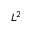
L ^ { 2 }